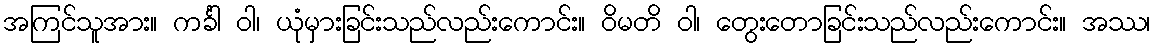
အကြင်သူအား။ ကင်္ခါ ဝါ၊ ယုံမှားခြင်းသည်လည်းကောင်း။ ဝိမတိ ဝါ၊ တွေးတောခြင်းသည်လည်းကောင်း။ အဿ၊